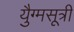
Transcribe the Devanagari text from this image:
युैग्मसूत्री